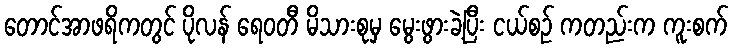
တောင်အာဖရိကတွင် ပိုလန် ရေဝတီ မိသားစုမှ မွေးဖွားခဲ့ပြီး ငယ်စဉ် ကတည်းက ကူးစက်